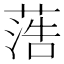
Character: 𦶡